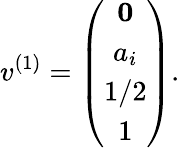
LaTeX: v^{(1)}=\left(\begin{array}{ccc}{{{\mathbf 0}}}\\ {{a_{i}}}\\ {{1/2}}\\ {{1}}\end{array}\right).